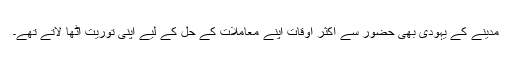
مدینے کے یہودی بھی حضور سے اکثر اوقات اپنے معاملات کے حل کے لیے اپنی توریت اٹھا لاتے تھے۔